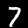
Label: 7